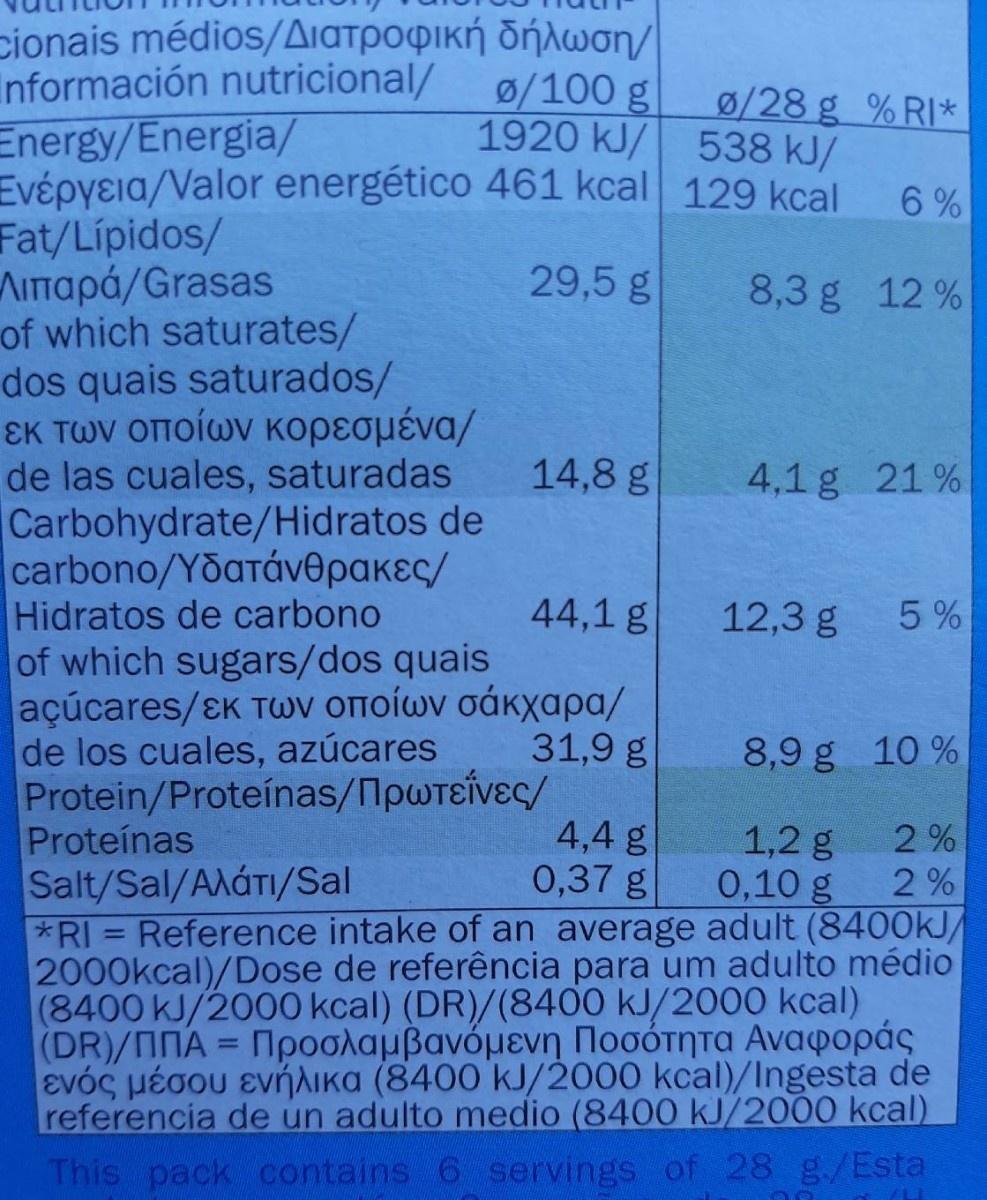
εionais medios/Διατροφική δήλωση/ Información nutricional/ Energy/Energia/ Evépyeia/Valor energético 461 kcal 129 kcal Fat/Lipidos/ Λιπαρά/Grasas of which saturates/ dos quais saturados/ εκ των οποίων κορεσμένα/ de las cuales, saturadas
Ø/100 g 1920 kJ/ 538 kJ/
ø/28 g % RI*
6 %
29,5 g
8,3 g 12 %
14,8 g
4,1 g 21%
Carbohydrate/Hidratos de carbono/Υδατάνθρα κες/ Hidratos de carbono of which sugars/dos quais acucares/εκ των οποίων σάκχαρα/ de los cuales, azúcares Protein/Proteínas/NpwTeivec/ Proteínas Salt/Sal/AAÁTI/Sal *RI = Reference intake of an average adult (8400kJ/ 2000kcal)/Dose de referência para um adulto médio (8400 kJ/2000 kcal) (DR)/(8400 kJ/2000 kcal) (DR)/ΠΠA= Προσλαμβανόμενη Ποσότητα Αναφοράς EVÓG pÉoou evñAIka (8400 kJ/2000 kcal)/Ingesta de referencia de un adulto medio (8400 kJ/2000 kcal)
44,1 g
12,3 g
5%
31,9 g
8,9 g 10 %
A 4,4 g 0,37 g
1,2 g 0,10 g
2 % 2%
%3D
This pack contains 6 servings of 28 g./Esta